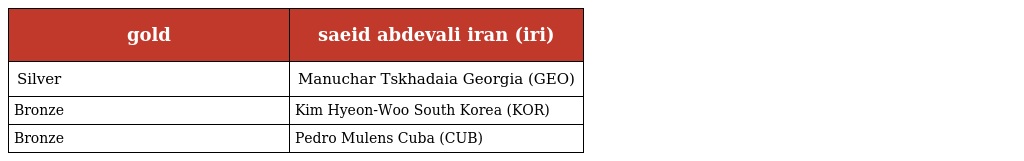
| gold | saeid abdevali iran (iri) |
 | --- | --- |
 | Silver | Manuchar Tskhadaia Georgia (GEO) |
 | Bronze | Kim Hyeon-Woo South Korea (KOR) |
 | Bronze | Pedro Mulens Cuba (CUB) |